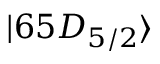
| 6 5 D _ { 5 / 2 } \rangle